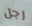
رجل